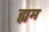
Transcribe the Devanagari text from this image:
ह्यम